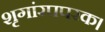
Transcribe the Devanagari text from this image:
शृगांरपपरक।